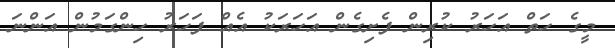
މީގެ ހަތް އަހަރު ކުރިން ފެށިގެން އަހަރަކު އެއް ފަހަރު ހިންގަމުން އަންނަ